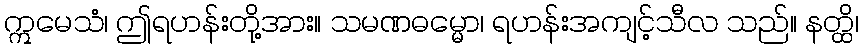
ဣမေသံ၊ ဤရဟန်းတို့အား။ သမဏဓမ္မော၊ ရဟန်းအကျင့်သီလ သည်။ နတ္ထိ၊